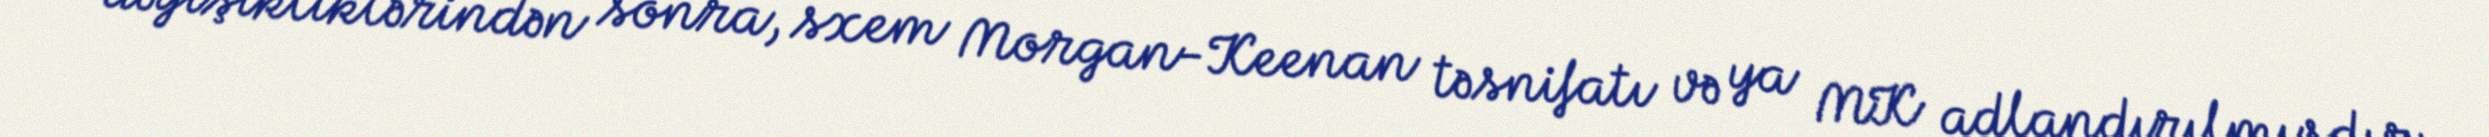
dəyişikliklərindən sonra, sxem Morgan-Keenan təsnifatı və ya MK adlandırılmışdır